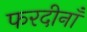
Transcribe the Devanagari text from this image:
फरदीनाँ